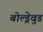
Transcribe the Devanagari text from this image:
बोल्ड्रेवुड